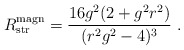
\begin{align*}R_{\rm str}^{\rm magn} = {16 g^2 ( 2+ g^2 r^2) \over ( r^2 g^2 -4 )^{3}}\ .\end{align*}